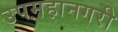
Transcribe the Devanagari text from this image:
उपमहानगरी